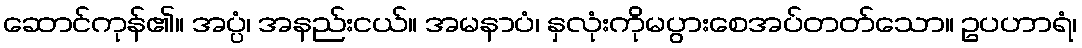
ဆောင်ကုန်၏။ အပ္ပံ၊ အနည်းငယ်။ အမနာပံ၊ နှလုံးကိုမပွားစေအပ်တတ်သော။ ဥပဟာရံ၊